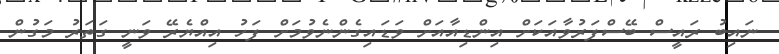
ނައިބު ރައީސް ބޭސްފަރުވާއަކަށް އިންޑިއާއަށް ވަޑައިގެންނެވުމަށް ފަހު އިއްޔެރޭ ވަނީ ގަތަރު މަގުން